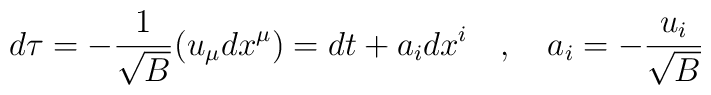
d\tau=-{1 \over \sqrt{B}}(u_\mu dx^\mu)=dt+a_idx^i~~~,~~~a_i=-{u_i \over \sqrt{B}}